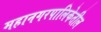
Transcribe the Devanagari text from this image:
महानगरपालिकेतील